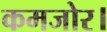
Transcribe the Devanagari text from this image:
कमजोर।